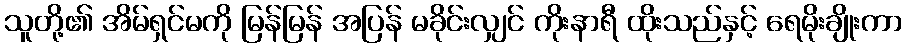
သူတို့၏ အိမ်ရှင်မကို မြန်မြန် အပြန် မခိုင်းလျှင် ကိုးနာရီ ထိုးသည်နှင့် ရေမိုးချိုးကာ